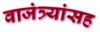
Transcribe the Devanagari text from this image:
वाजंत्र्यांसह